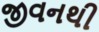
જીવનથી